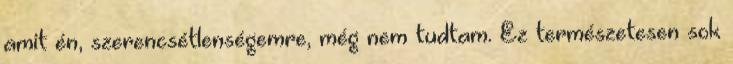
amit én, szerencsétlenségemre, még nem tudtam. Ez természetesen sok